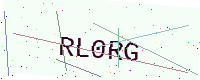
Text: RL0RG